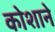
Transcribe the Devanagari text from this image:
कोशाने